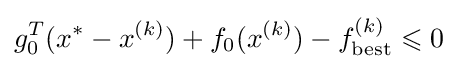
g_{0}^{T}(x^{*}-x^{(k)})+f_{0}(x^{(k)})-f_{\rm {best}}^{(k)}\leqslant 0